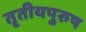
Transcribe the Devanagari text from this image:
तृतीयपुरुष